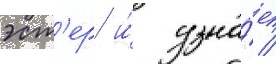
эст'ер и́ узна́ет /